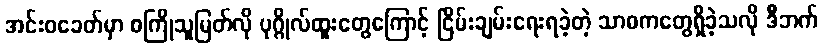
အင်းဝခေတ်မှာ စကြိုသူမြတ်လို ပုဂ္ဂိုလ်ထူးတွေကြောင့် ငြိမ်းချမ်းရေးရခဲ့တဲ့ သာဓကတွေရှိခဲ့သလို ဒီဘက်